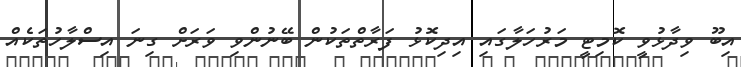
އިބޫ ވިދާޅުވީ ކޮމިޓީ މަރުހަލާގައި އިދިކޮޅު ފަރާތްތަކުން ބޭނުންވި ވަރަށް ގިނަ އިސްލާހުތަކެއް